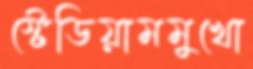
স্টেডিয়ামমুখো